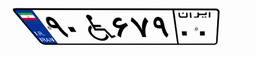
۴۵W۷۱۴۵۷